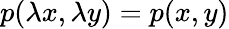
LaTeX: p(\lambda x,\lambda y)=p(x,y)